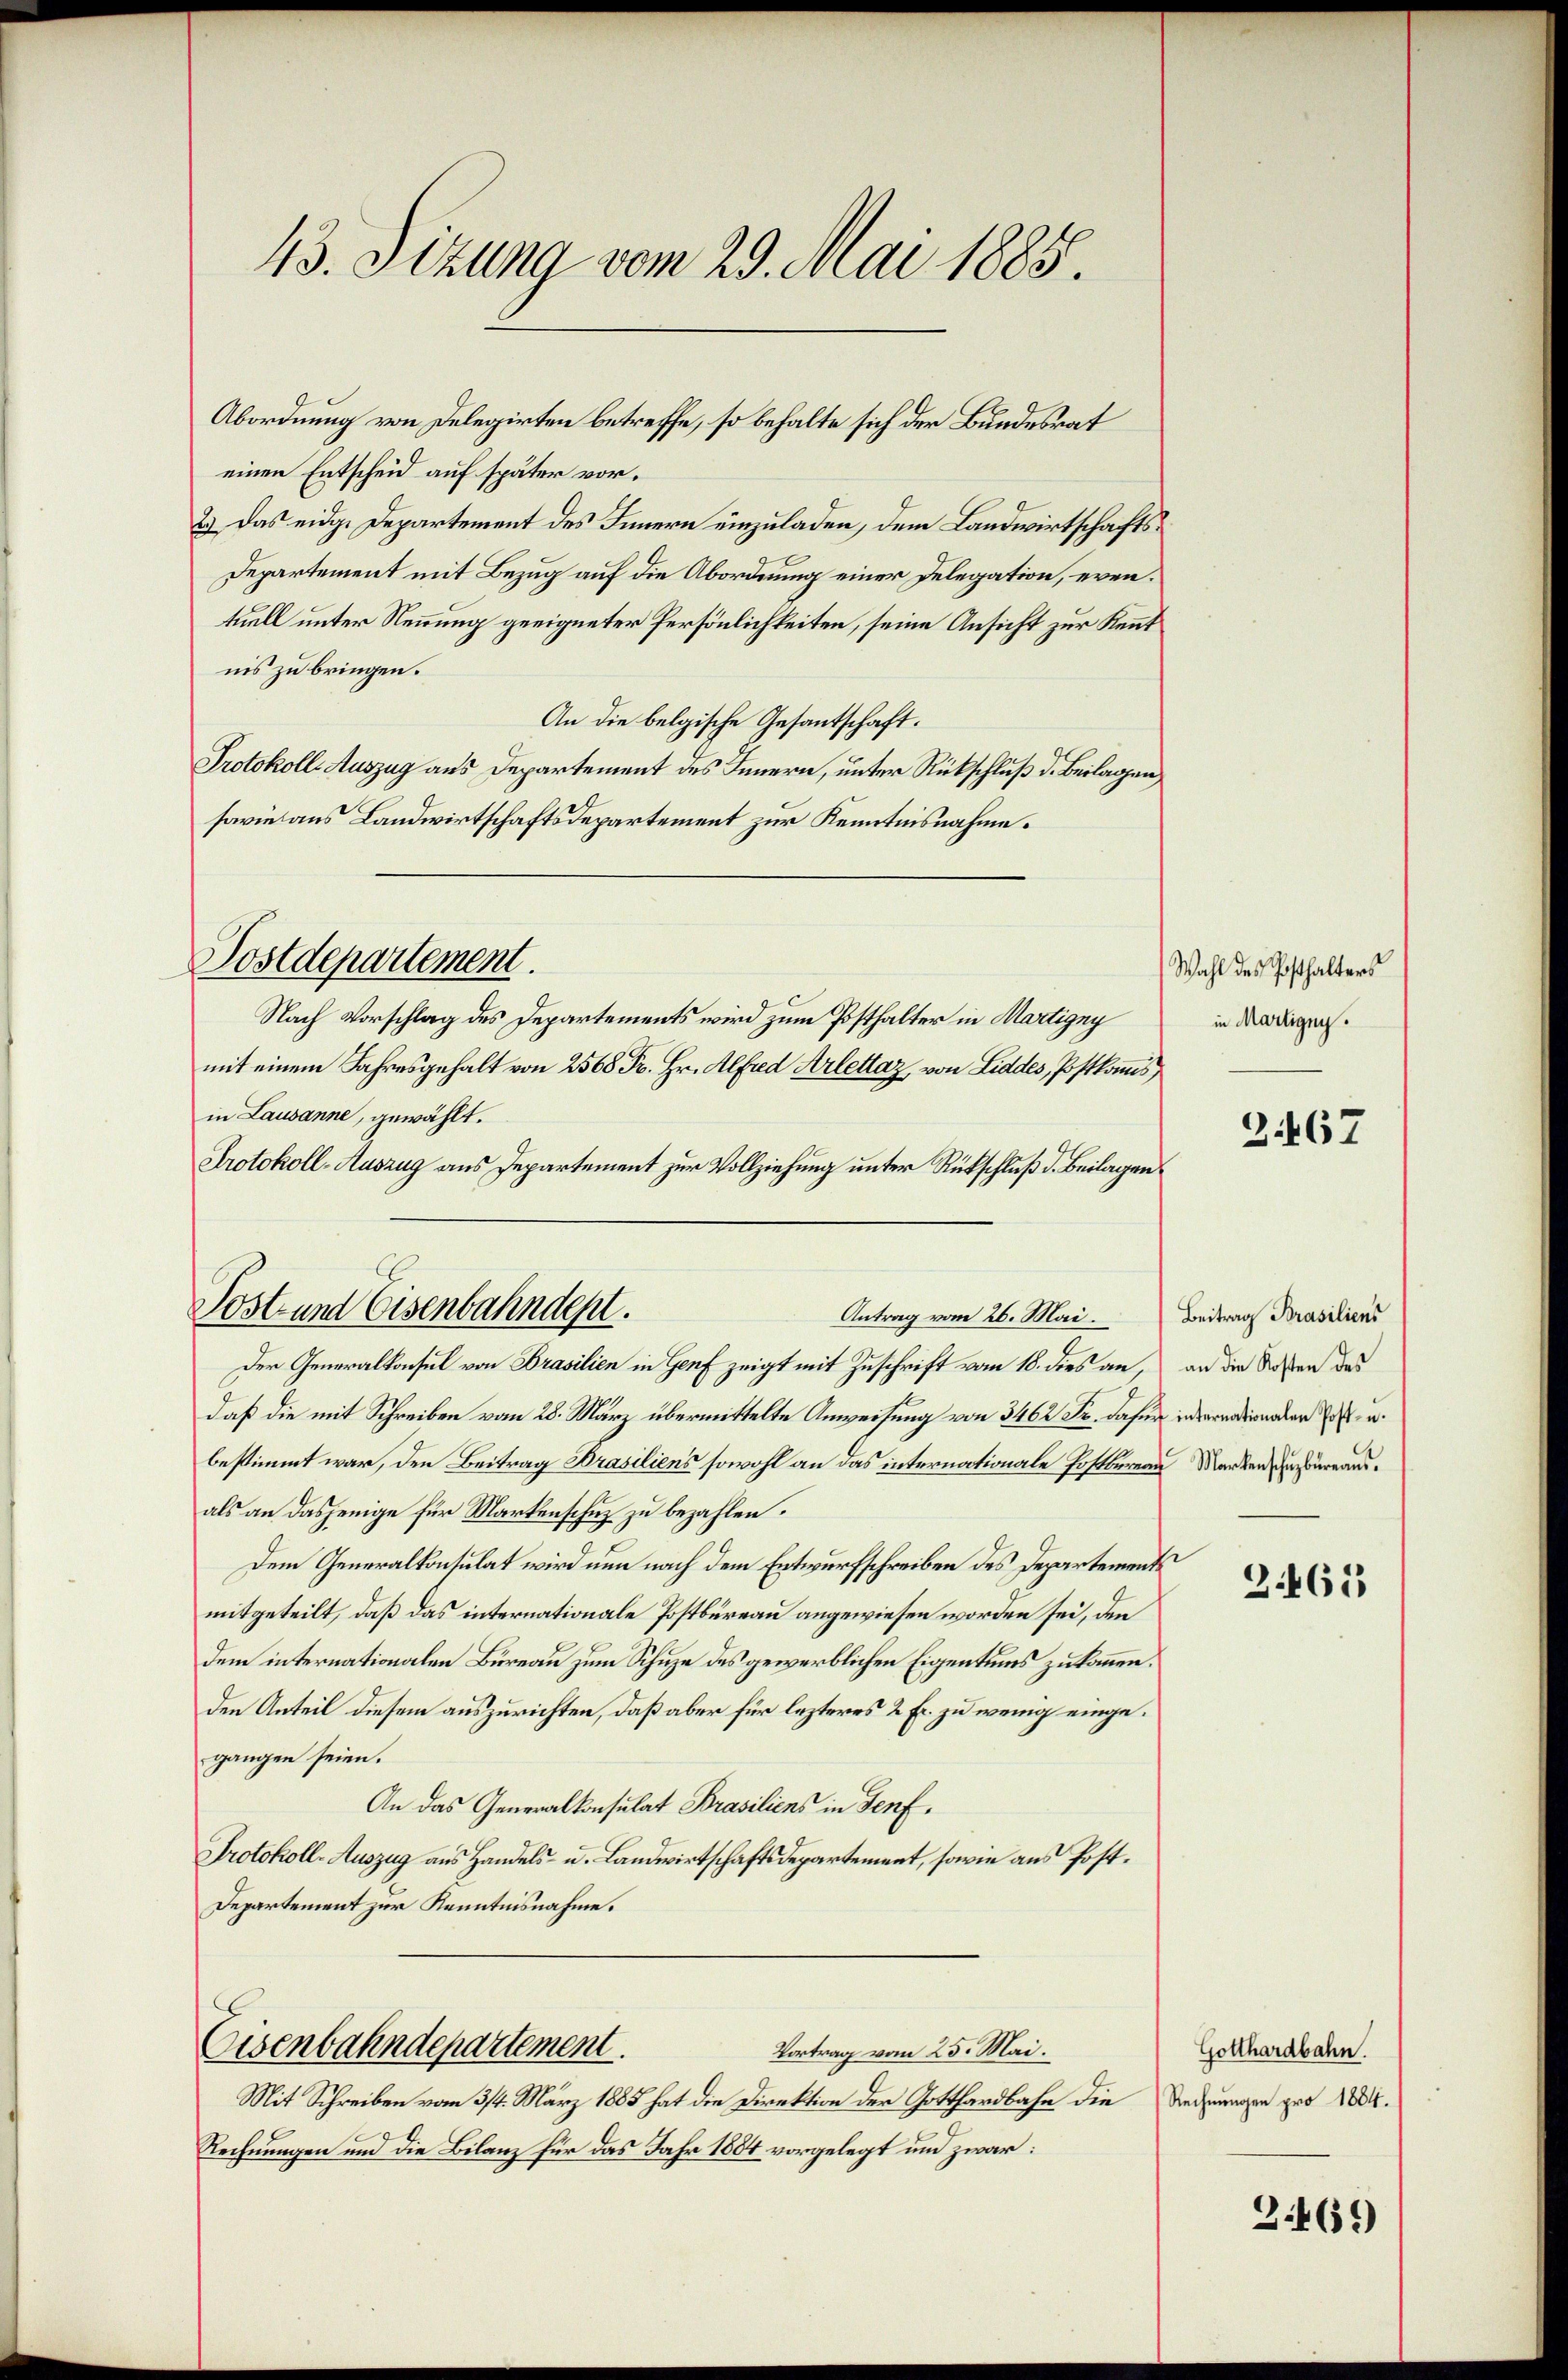
43. Sizung vom 29. Mai 1885.

einen Entscheid auf später vor¬
2.) Das eidge Departement des Innern einzuladen, dem Landwirtschafts¬
Departement mit Bezug auf die Abordnung einer Delegation, eventuell unter Nennung geeigneter Persönlichkeiten, seine Ansicht zur Kennt
nis zu bringen.
An die belgische Gesantschaft.
Protokoll- Auszug aus Departement des Innern, unter Rückschluß d. Beilagen,
sarie aus Landwirtschaftsdepartement zur Kenntnisnahme.
Postdepartement.
Nach Vorschlag des Departements wird zum Posthalter in Martigny
mit einem Jahresgehalt von 2568 Fr. Hr. Alfred Arlettaz, von Liddes, Postkomms
in Lausanne, gewählt.
Protokoll-Auszug aus Departement zur Vollziehung unter Rückschluß d. Beilagen

Abordnung von Delegirten betreffe, so behalte sich der Bundesrat

Post und Eisenbahndept.
Antrag vom 26. Mai. Beitrag Prasiliens

Der Generalkonsul von Brasilien in Genf zeigt mit Zuschrift vom 18. dies an, an die Soßen das
daß die mit Schreiben vom 28. März übermittelte Anweisung von 3462 Fr. dafür inderendenden de
bestimmt war, den Beitrag Brasiliens sowohl an das internationale Postbureau Marken ausals an dasjenige für Martenschuz zu bezahlen.
Dem Generalkonsulat wird nun nach dem Entwurfschreiben des Departements
mitgeteilt, daß das internationale Postbüreau angewiesen worden sei, den
dem internationalen Bureau zum Schuze des gewerblichen Eigentums zukommen.
den Anteil diesem auszurichten, daß aber für lezteres 2 Fr. zu wenig eingegangen seien.
An das Generalkonsulat Brasiliens in Senf,
Protokoll-Auszug aus Handels- u. Landwirtschaftsdepartement, sowie aus Post¬
Departement zur Kenntnisnahme.

Eisenbahndepartement.
Vortrag vom 25. Mai.

Mit Schreiben vom 3/4. März 1885 hat die Direktion der Gotthardbahn die
94
Rechnungen um die Bilanz für das Jahr 1884 vorgelegt und zwar:

Wahl des Posthalters
in Martigny.

2467

3465

Gotthardbahn.
Rechnungen pro 1884.

3.469